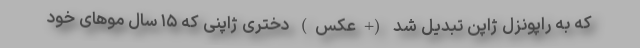
که به راپونزل ژاپن تبدیل شد (+عکس) دختری ژاپنی که ۱۵ سال مو‌های خود